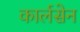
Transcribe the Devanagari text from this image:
कार्लसेन